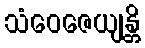
သံဝေဇေယျန္တိ